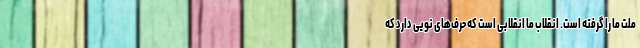
ملت ما را گرفته است. انقلاب ما انقلابی است که حرف‌های نویی دارد که